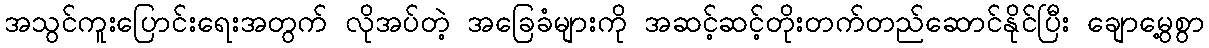
အသွင်ကူးပြောင်းရေးအတွက် လိုအပ်တဲ့ အခြေခံများကို အဆင့်ဆင့်တိုးတက်တည်ဆောင်နိုင်ပြီး ချောမွေ့စွာ